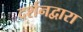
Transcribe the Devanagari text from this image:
दर्शनद्वारा